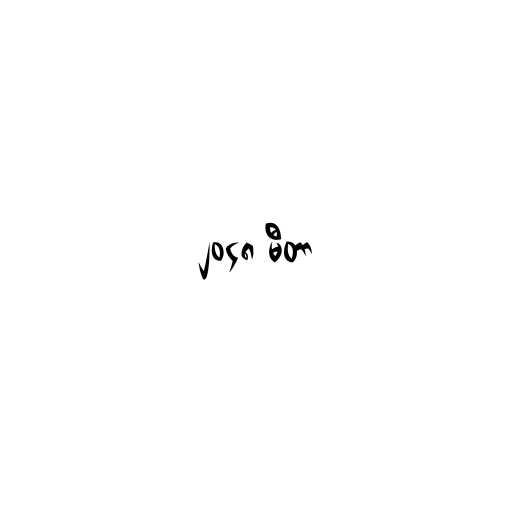
၂၀၄၈ မီတာ